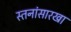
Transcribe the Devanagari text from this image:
स्तनांसारखा